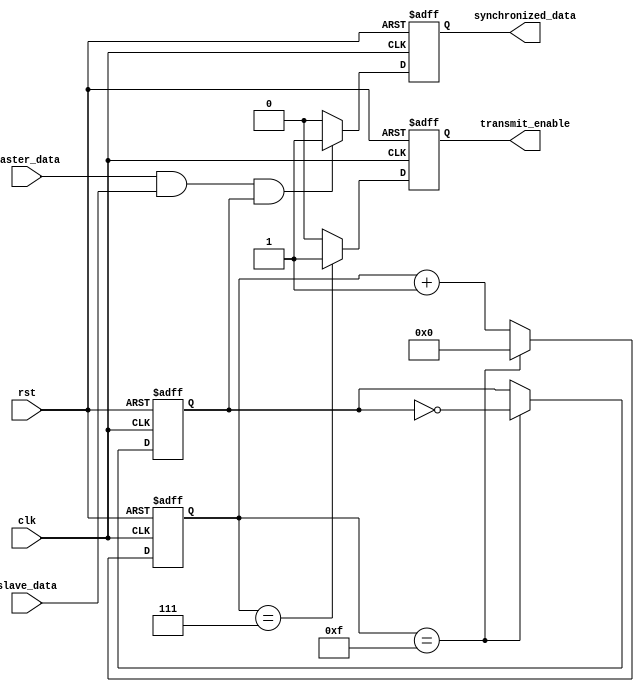
module spi_bus_controller (
    input wire clk,
    input wire rst,
    input wire master_data,
    input wire slave_data,
    output reg synchronized_data,
    output reg transmit_enable
);

// Timing control logic
reg [3:0] counter;
reg clock_enabled;

always @(posedge clk or posedge rst) begin
    if (rst) begin
        counter <= 4'b0000;
        clock_enabled <= 1'b0;
    end else begin
        if (counter == 4'b1111) begin
            counter <= 4'b0000;
            clock_enabled <= ~clock_enabled;
        end else begin
            counter <= counter + 1;
        end
    end
end

// Data synchronization logic
always @(posedge clk or posedge rst) begin
    if (rst) begin
        synchronized_data <= 0;
    end else begin
        if (master_data && slave_data && clock_enabled) begin
            synchronized_data <= 1;
        end else begin
            synchronized_data <= 0;
        end
    end
end

// Data transmission control logic
always @(posedge clk or posedge rst) begin
    if (rst) begin
        transmit_enable <= 0;
    end else begin
        if (counter == 4'b0111) begin
            transmit_enable <= 1;
        end else begin
            transmit_enable <= 0;
        end
    end
end

endmodule